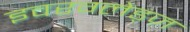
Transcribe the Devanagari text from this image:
इवरग्लेड्ज़